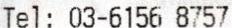
TEL: 03-6156 8757